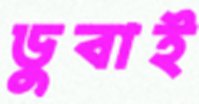
ডুবাই